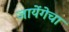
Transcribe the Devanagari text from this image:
जायेंगेचा